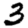
Digit: 3